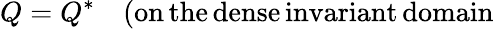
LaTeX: Q=Q^{\ast}\quad(\mathrm{on\, the\, dense\, invariant\, domain}\,